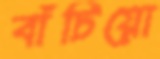
বাঁচিয়ো